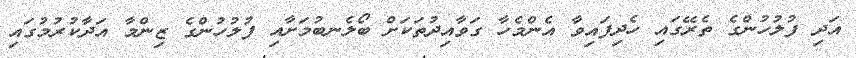
އަދި ފުލުހުންގެ ތެރޭގައި ހެދިފައިވާ އެންމެހާ ގަވާއިދުތަކަށް ބޯލެނބުމަށާއި ފުލުހުންގެ ޒިންމާ އަދާކުރުމުގައި